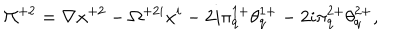
LaTeX: \Pi ^ { + 2 } = \nabla x ^ { + 2 } - \Omega ^ { + 2 i } x ^ { i } - 2 i \pi _ { q } ^ { 1 + } \theta _ { q } ^ { 1 + } - 2 i \pi _ { q } ^ { 2 + } \theta _ { q } ^ { 2 + } ,